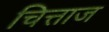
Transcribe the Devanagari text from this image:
चित्ताज